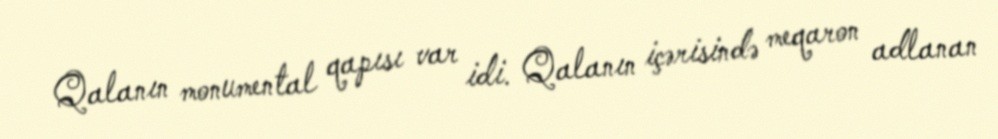
Qalanın monumental qapısı var idi. Qalanın içərisində meqaron adlanan